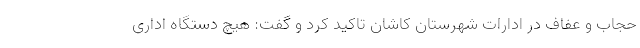
حجاب و عفاف در ادارات شهرستان کاشان تاکید کرد و گفت: هیچ دستگاه اداری